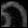
Digit: ၈